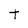
Character: t